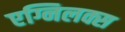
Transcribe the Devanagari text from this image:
एग्निलक्स